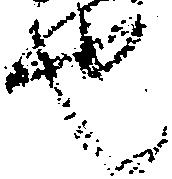
也